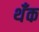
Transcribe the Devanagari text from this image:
थँक